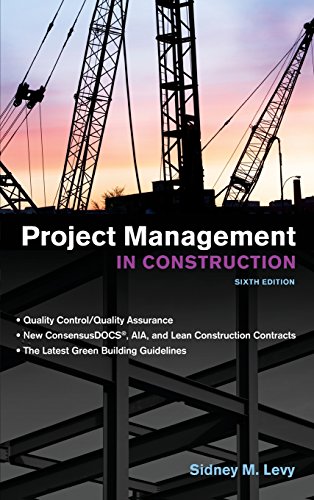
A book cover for Project Management in Construction, Sixth Edition; Sidney Levy; Arts & Photography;